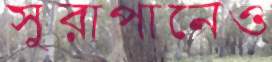
সুরাপানেও